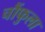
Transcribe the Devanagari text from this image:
चौंफुला